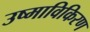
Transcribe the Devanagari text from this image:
उष्माविकिरण